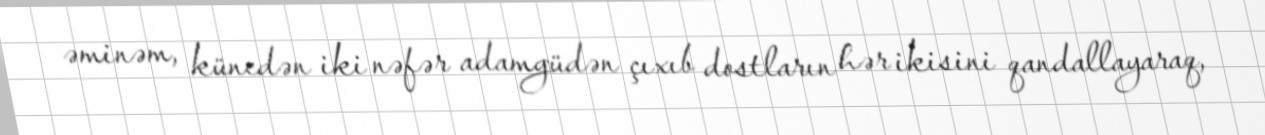
əminəm, küncdən iki nəfər adamgüdən çıxıb dostların hər ikisini qandallayaraq,